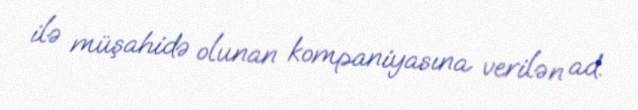
ilə müşahidə olunan kompaniyasına verilən ad.